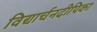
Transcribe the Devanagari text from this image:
विद्यार्चनदीपिका